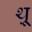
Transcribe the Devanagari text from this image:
थ़्रू